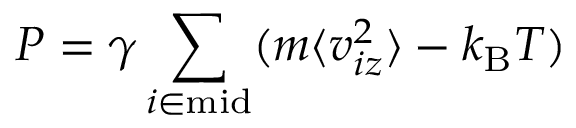
P = \gamma \sum _ { i \in \mathrm { m i d } } ( m \langle v _ { i z } ^ { 2 } \rangle - k _ { \mathrm { B } } T )